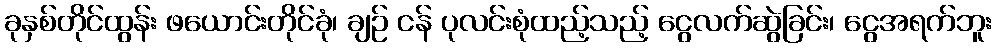
ခုနှစ်တိုင်ထွန်း ဖယောင်းတိုင်ခုံ၊ ချဉ် ငန် ပုလင်းစုံထည့်သည့် ငွေလက်ဆွဲခြင်း၊ ငွေအရက်ဘူး